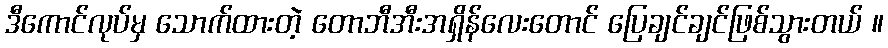
ဒီကောင်လုပ်မှ သောက်ထားတဲ့ တောဘီအီးအရှိန်လေးတောင် ပြေချင်ချင်ဖြစ်သွားတယ် ။